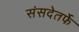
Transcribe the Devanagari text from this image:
संसदेतर्फे